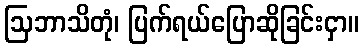
ဩဘာသိတုံ၊ ပြက်ရယ်ပြောဆိုခြင်းငှာ။